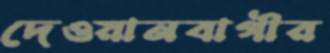
দেওয়ানবাগীর